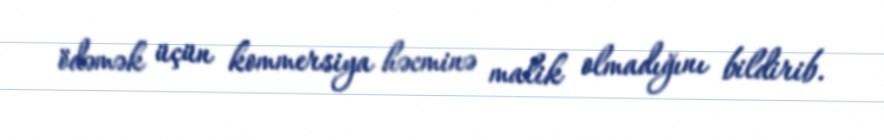
ödəmək üçün kommersiya həcminə malik olmadığını bildirib.